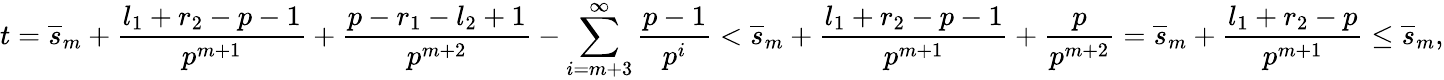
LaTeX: t=\overline{{s}}_{m}+\frac{l_{1}+r_{2}-p-1}{p^{m+1}}+\frac{p-r_{1}-l_{2}+1}{p^{m+2}}-\sum_{i=m+3}^{\infty}\frac{p-1}{p^{i}}<\overline{{s}}_{m}+\frac{l_{1}+r_{2}-p-1}{p^{m+1}}+\frac{p}{p^{m+2}}=\overline{{s}}_{m}+\frac{l_{1}+r_{2}-p}{p^{m+1}}\leq\overline{{s}}_{m},